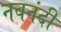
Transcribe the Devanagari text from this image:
नवनंदी